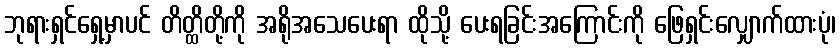
ဘုရားရှင်ရှေ့မှာပင် တိတ္ထိတို့ကို အရိုအသေပေးရာ ထိုသို့ ပေးရခြင်းအကြောင်းကို ဖြေရှင်းလျှောက်ထားပုံ၊